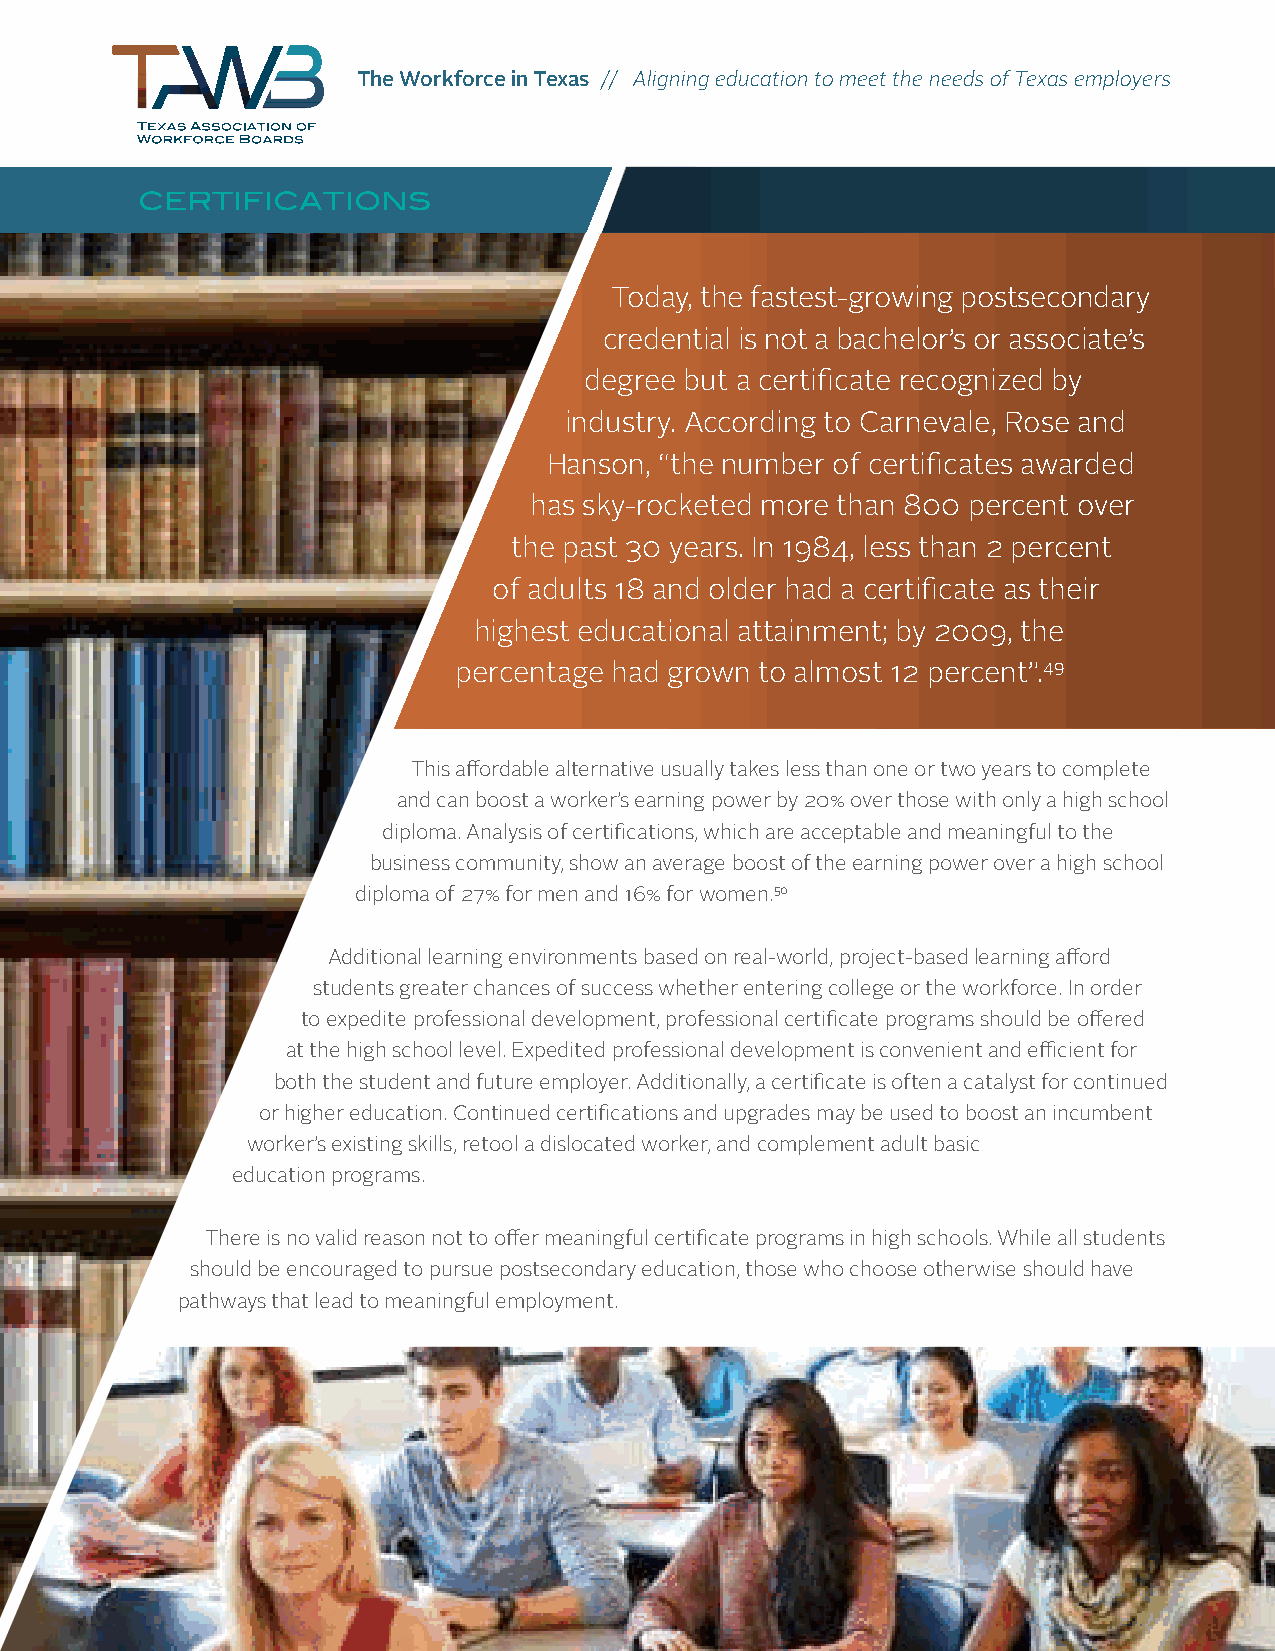
The Workforce in Texas // Aligning education to meet the needs of Texas employers
 CERTIFICATIONS
 Today, the fastest-growing postsecondary
 credential is not a bachelor’s or associate’s
 degree but a certificate recognized by
 industry. According to Carnevale, Rose and
 Hanson, “the number of certificates awarded
 has sky-rocketed more than 800 percent over
 the past 30 years. In 1984, less than 2 percent
 of adults 18 and older had a certificate as their
 highest educational attainment; by 2009, the
 percentage had grown to almost 12 percent”.49
 This affordable alternative usually takes less than one or two years to complete
 and can boost a worker’s earning power by 20% over those with only a high school
 diploma. Analysis of certifications, which are acceptable and meaningful to the
 business community, show an average boost of the earning power over a high school
 diploma of 27% for men and 16% for women.50
 Additional learning environments based on real-world, project-based learning afford
 students greater chances of success whether entering college or the workforce. In order
 to expedite professional development, professional certificate programs should be offered
 at the high school level. Expedited professional development is convenient and efficient for
 both the student and future employer. Additionally, a certificate is often a catalyst for continued
 or higher education. Continued certifications and upgrades may be used to boost an incumbent
 worker’s existing skills, retool a dislocated worker, and complement adult basic
 education programs.
 There is no valid reason not to offer meaningful certificate programs in high schools. While all students
 should be encouraged to pursue postsecondary education, those who choose otherwise should have
 pathways that lead to meaningful employment.